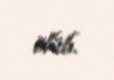
ölüb.